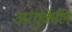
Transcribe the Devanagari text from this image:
अरंगुकेलि